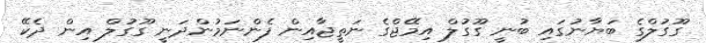
ގޫގުލްގެ ބަޔާނުގައި ބުނީ ގޫގުލް އިމޭޖްގެ ނަތީޖާއިން ފެންނަމުންދަނީ ގޫގުލް އިން ދެކޭ